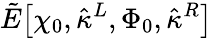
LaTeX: \tilde{E}\big[\chi_{0},\hat{\kappa}^{L},\Phi_{0},\hat{\kappa}^{R}\big]